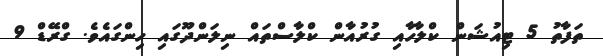
ތަފާތު 5 ޓިއުޝަން ކްލާހާއި ގުރުއާން ކްލާސްތައް ނިލަންދޫގައި ހިންގައެވެ. ގްރޭޑް 9